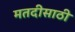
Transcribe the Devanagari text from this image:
मतदीसाठी